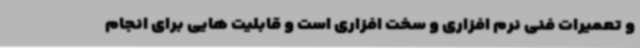
و تعمیرات فنی نرم افزاری و سخت افزاری است و قابلیت هایی برای انجام